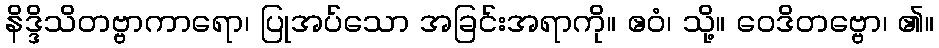
နိဒ္ဒိသိတဗ္ဗာကာရော၊ ပြုအပ်သော အခြင်းအရာကို။ ဧဝံ၊ သို့။ ဝေဒိတဗ္ဗော၊ ၏။